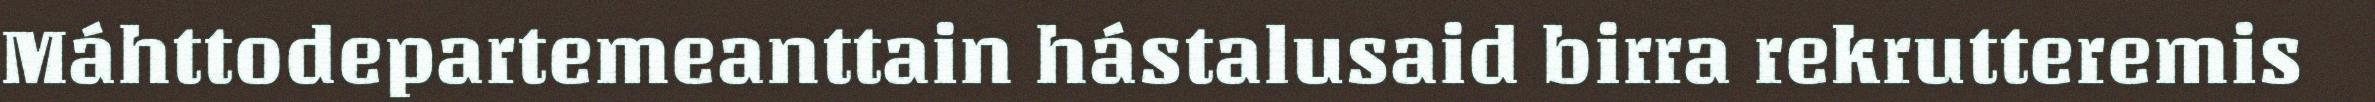
Máhttodepartemeanttain hástalusaid birra rekrutteremis